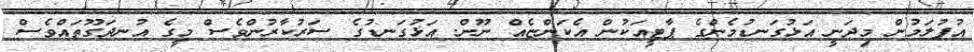
އުފުލަމުން މިދަނީ އަޅުގަނޑުމެންގެ ޕާޓީއަކުން އެކަންޏެއް ނޫން. އަޅުގަނޑުގެ ސަރުކާރުންވެސް މީގެ އުނދަގޫތައްވެސް